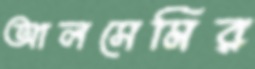
আলসেমির